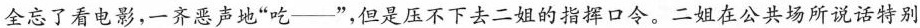
全忘了看电影，一齐恶声地”吃——”，但是压不下去二姐的指挥口令。二姐在公共场所说话特别